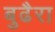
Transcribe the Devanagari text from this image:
बुढैरा